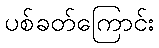
ပစ်ခတ်ကြောင်း